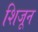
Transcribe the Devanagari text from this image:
शिजून